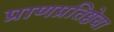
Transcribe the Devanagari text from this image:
प्राणप्रतिष्ठेचा